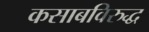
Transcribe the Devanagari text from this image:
कसाबविरुद्ध